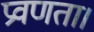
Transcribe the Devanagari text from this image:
प्रवणता।